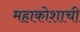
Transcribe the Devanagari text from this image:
महाकोशाची